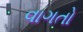
વાગતો